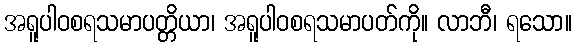
အရူပါဝစရသမာပတ္တိယာ၊ အရူပါဝစရသမာပတ်ကို။ လာဘီ၊ ရသော။